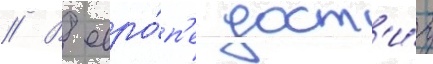
// В евро́п'е дост'и́г